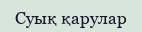
Суық қарулар